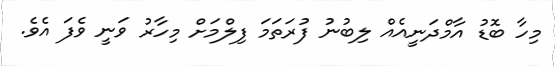
މިހާ ބޮޑު އާމްދަނީއެއް ލިބުނު ފުރަތަމަ ފިލްމަށް މިހާރު ވަނީ ވެފަ އެވެ.